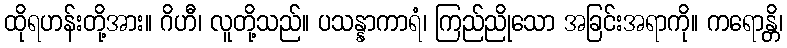
ထိုရဟန်းတို့အား။ ဂိဟီ၊ လူတို့သည်။ ပသန္နာကာရံ၊ ကြည်ညိုသော အခြင်းအရာကို။ ကရောန္တိ၊